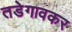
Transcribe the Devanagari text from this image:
तडेगावकर